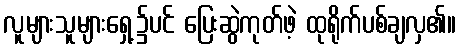
လူများသူများရှေ့၌ပင် ပြေးဆွဲကုတ်ဖဲ့ ထုရိုက်ပစ်ချလှ၏။